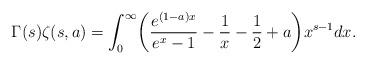
LaTeX: \begin{align*}\Gamma (s) \zeta (s,a) = \int_0^\infty \biggl( \frac{e^{(1-a)x}}{e^x-1} - \frac{1}{x} - \frac{1}{2}+a \biggr) x^{s-1} dx .\end{align*}